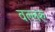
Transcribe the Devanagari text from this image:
वल्लरु